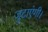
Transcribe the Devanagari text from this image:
जुटाएंगी।